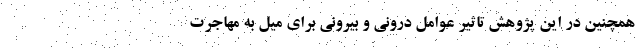
همچنین در این پژوهش تاثیر عوامل درونی و بیرونی برای میل به مهاجرت